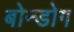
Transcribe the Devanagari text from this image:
बोन्डोग